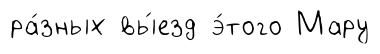
ра́зных вы́езд э́того Мару